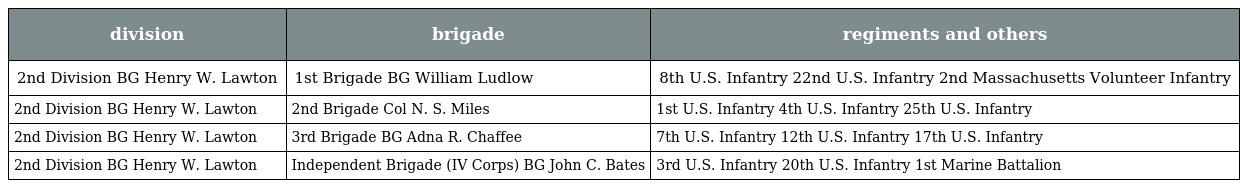
| division | brigade | regiments and others |
 | --- | --- | --- |
 | 2nd Division BG Henry W. Lawton | 1st Brigade BG William Ludlow | 8th U.S. Infantry 22nd U.S. Infantry 2nd Massachusetts Volunteer Infantry |
 | 2nd Division BG Henry W. Lawton | 2nd Brigade Col N. S. Miles | 1st U.S. Infantry 4th U.S. Infantry 25th U.S. Infantry |
 | 2nd Division BG Henry W. Lawton | 3rd Brigade BG Adna R. Chaffee | 7th U.S. Infantry 12th U.S. Infantry 17th U.S. Infantry |
 | 2nd Division BG Henry W. Lawton | Independent Brigade (IV Corps) BG John C. Bates | 3rd U.S. Infantry 20th U.S. Infantry 1st Marine Battalion |